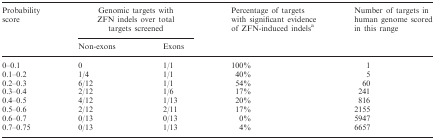
<table><thead><tr><td rowspan="2"><b>Probability score</b></td><td colspan="2"><b>Genomic targets with ZFN indels over total targets screened</b></td><td rowspan="2"><b>Percentage of targets with significant evidence of ZFN-induced indels<sup>a</sup></b></td><td rowspan="2"><b>Number of targets in human genome scored in this range</b></td></tr><tr><td><b>Non-exons</b></td><td><b>Exons</b></td></tr></thead><tbody><tr><td>0–0.1</td><td>0</td><td>1/1</td><td>100%</td><td>1</td></tr><tr><td>0.1–0.2</td><td>1/4</td><td>1/1</td><td>40%</td><td>5</td></tr><tr><td>0.2–0.3</td><td>6/12</td><td>1/1</td><td>54%</td><td>60</td></tr><tr><td>0.3–0.4</td><td>2/12</td><td>1/6</td><td>17%</td><td>241</td></tr><tr><td>0.4–0.5</td><td>4/12</td><td>1/13</td><td>20%</td><td>816</td></tr><tr><td>0.5–0.6</td><td>2/12</td><td>2/11</td><td>17%</td><td>2155</td></tr><tr><td>0.6–0.7</td><td>0/13</td><td>0/13</td><td>0%</td><td>5947</td></tr><tr><td>0.7–0.75</td><td>0/13</td><td>1/13</td><td>4%</td><td>6657</td></tr></tbody></table>